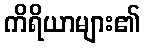
ကိရိယာများ၏